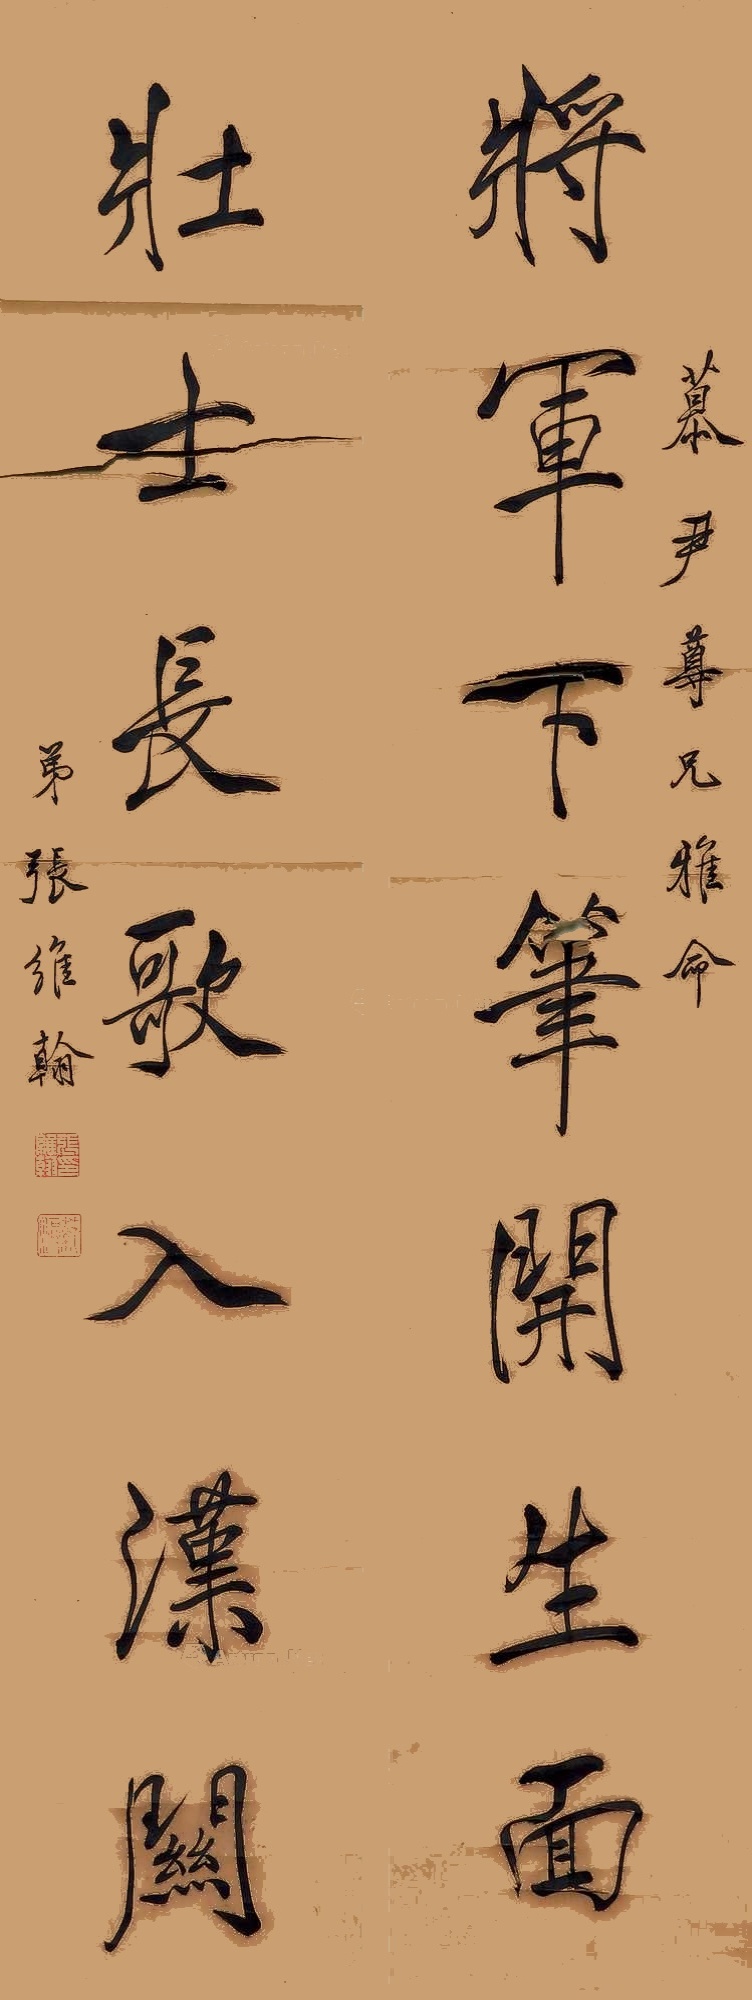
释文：将军下笔开生面，壮士长歌入汉关慕尹尊兄雅命，弟张维翰。